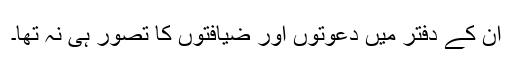
ان کے دفتر میں دعوتوں اور ضیافتوں کا تصور ہی نہ تھا۔